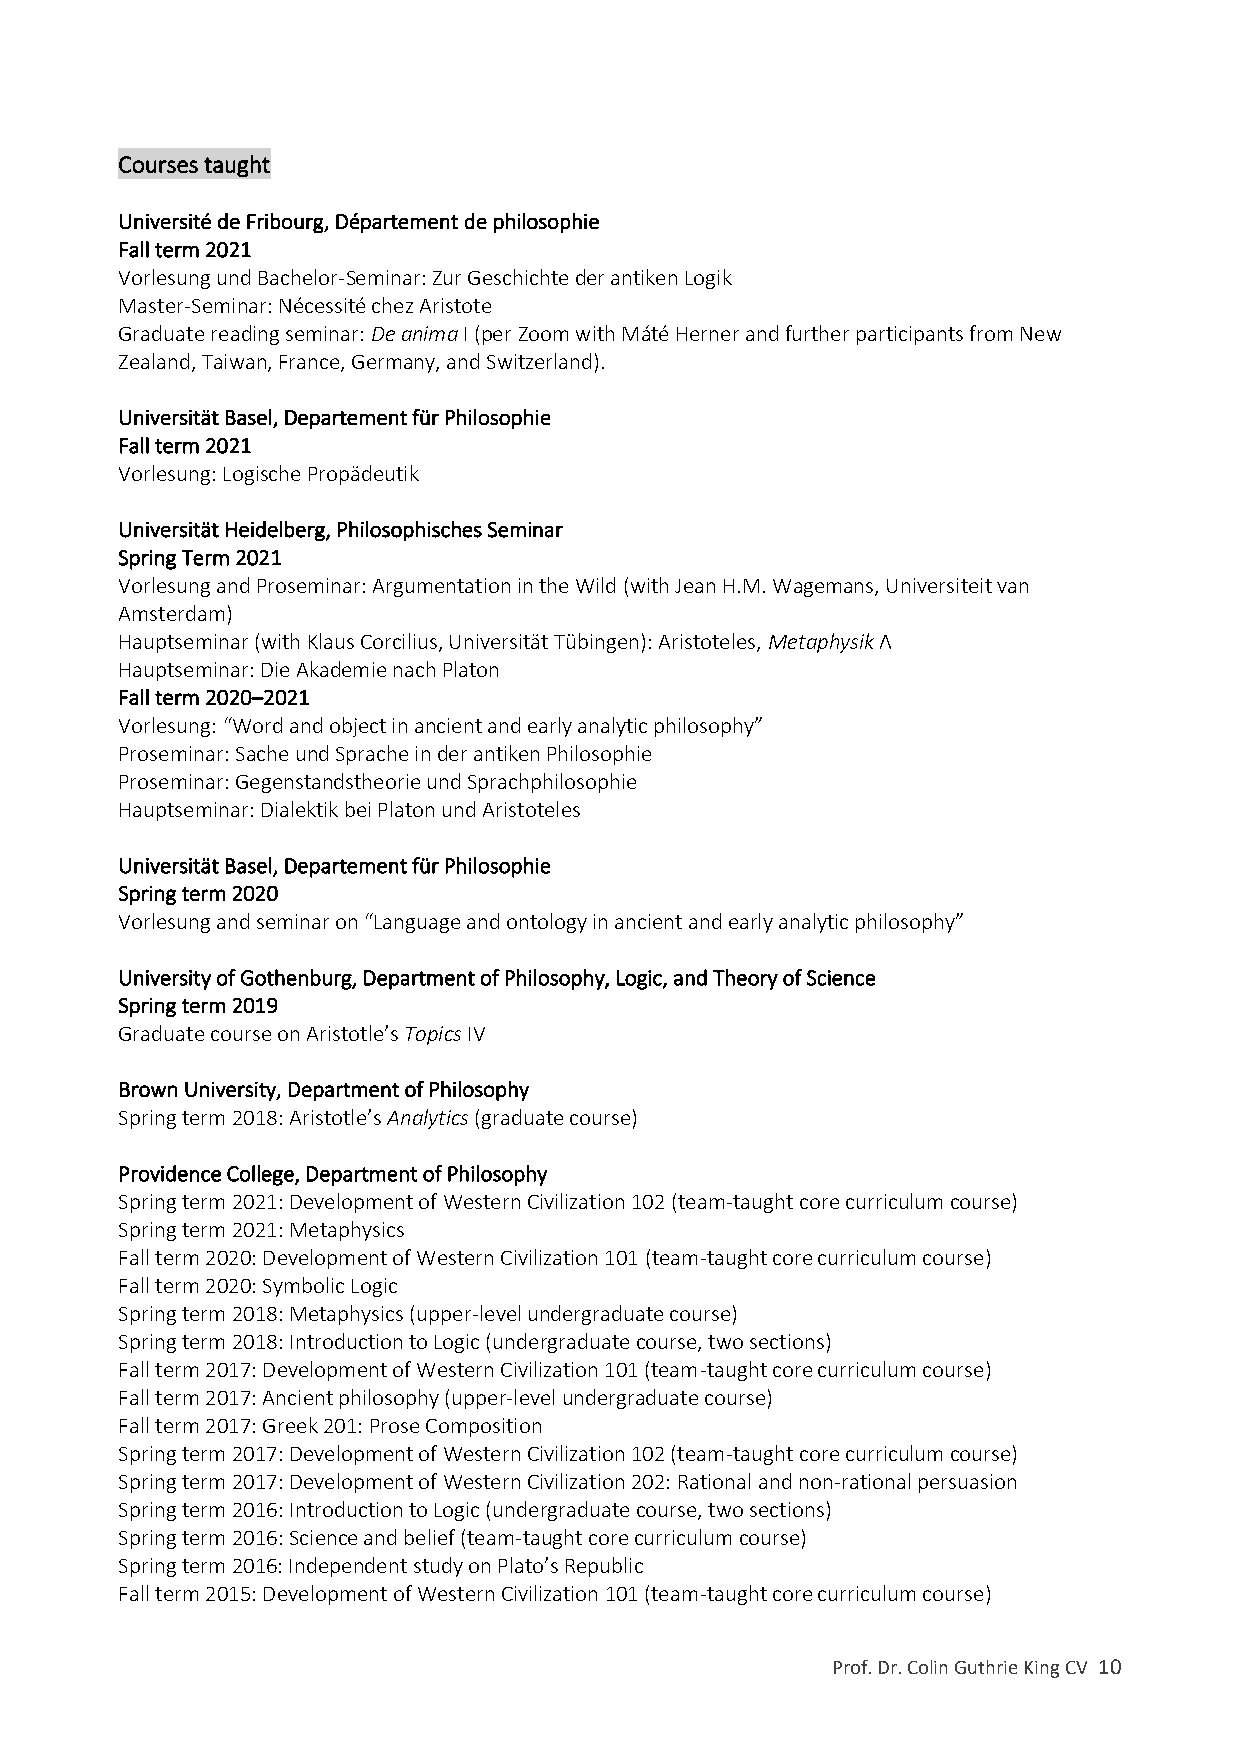
Courses taught
 Université de Fribourg, Département de philosophie
 Fall term 2021
 Vorlesung und Bachelor-Seminar: Zur Geschichte der antiken Logik
 Master-Seminar: Nécessité chez Aristote
 Graduate reading seminar: De anima I (per Zoom with Máté Herner and further participants from New
 Zealand, Taiwan, France, Germany, and Switzerland).
 Universität Basel, Departement für Philosophie
 Fall term 2021
 Vorlesung: Logische Propädeutik
 Universität Heidelberg, Philosophisches Seminar
 Spring Term 2021
 Vorlesung and Proseminar: Argumentation in the Wild (with Jean H.M. Wagemans, Universiteit van
 Amsterdam)
 Hauptseminar (with Klaus Corcilius, Universität Tübingen): Aristoteles, Metaphysik Λ
 Hauptseminar: Die Akademie nach Platon
 Fall term 2020–2021
 Vorlesung: “Word and object in ancient and early analytic philosophy”
 Proseminar: Sache und Sprache in der antiken Philosophie
 Proseminar: Gegenstandstheorie und Sprachphilosophie
 Hauptseminar: Dialektik bei Platon und Aristoteles
 Universität Basel, Departement für Philosophie
 Spring term 2020
 Vorlesung and seminar on “Language and ontology in ancient and early analytic philosophy”
 University of Gothenburg, Department of Philosophy, Logic, and Theory of Science
 Spring term 2019
 Graduate course on Aristotle’s Topics IV
 Brown University, Department of Philosophy
 Spring term 2018: Aristotle’s Analytics (graduate course)
 Providence College, Department of Philosophy
 Spring term 2021: Development of Western Civilization 102 (team-taught core curriculum course)
 Spring term 2021: Metaphysics
 Fall term 2020: Development of Western Civilization 101 (team-taught core curriculum course)
 Fall term 2020: Symbolic Logic
 Spring term 2018: Metaphysics (upper-level undergraduate course)
 Spring term 2018: Introduction to Logic (undergraduate course, two sections)
 Fall term 2017: Development of Western Civilization 101 (team-taught core curriculum course)
 Fall term 2017: Ancient philosophy (upper-level undergraduate course)
 Fall term 2017: Greek 201: Prose Composition
 Spring term 2017: Development of Western Civilization 102 (team-taught core curriculum course)
 Spring term 2017: Development of Western Civilization 202: Rational and non-rational persuasion
 Spring term 2016: Introduction to Logic (undergraduate course, two sections)
 Spring term 2016: Science and belief (team-taught core curriculum course)
 Spring term 2016: Independent study on Plato’s Republic
 Fall term 2015: Development of Western Civilization 101 (team-taught core curriculum course)
 Prof. Dr. Colin Guthrie King CV 10